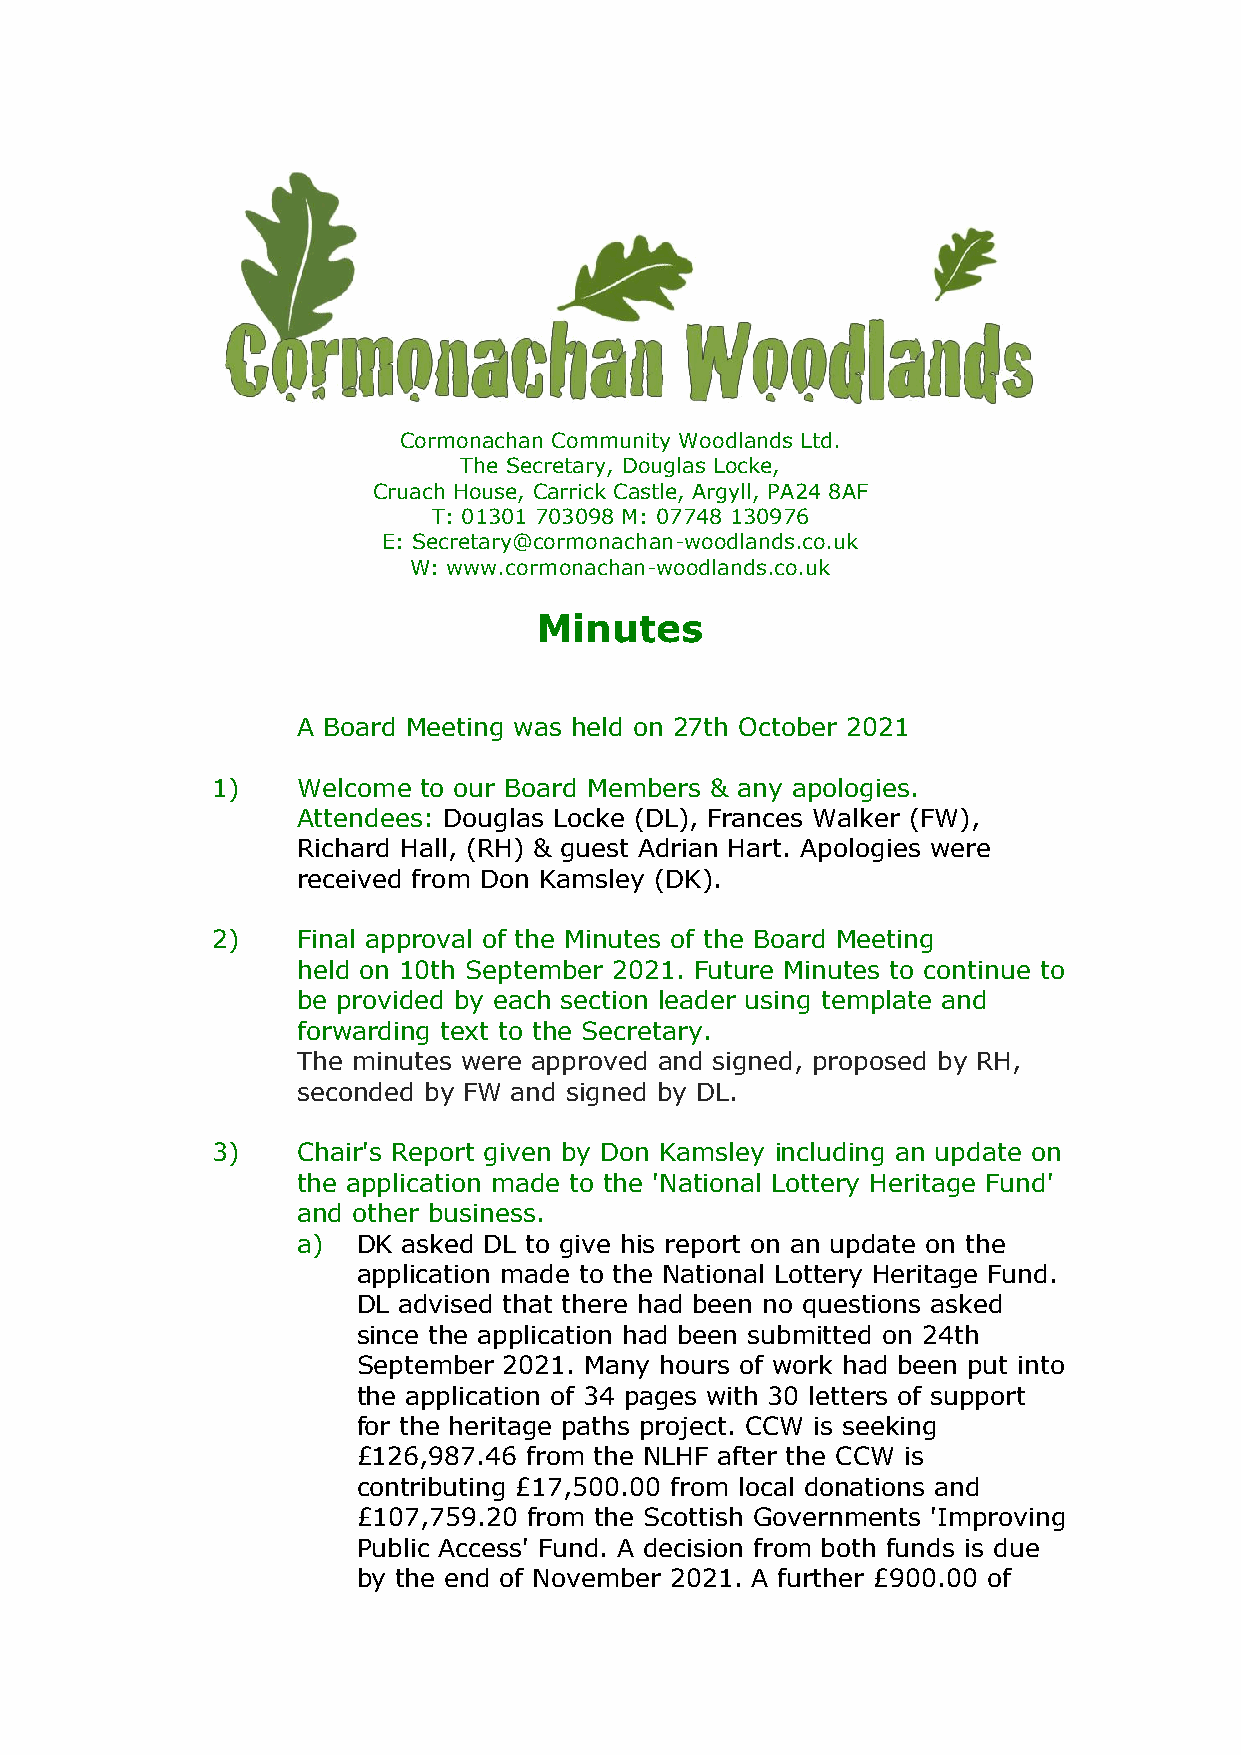
Cormonachan Community Woodlands Ltd.
 The Secretary, Douglas Locke,
 Cruach House, Carrick Castle, Argyll, PA24 8AF
 T: 01301 703098 M: 07748 130976
 E: Secretary@cormonachan-woodlands.co.uk
 W: www.cormonachan-woodlands.co.uk
 Minutes
 A Board Meeting was held on 27th October 2021
 1)    Welcome to our Board Members & any apologies.
 Attendees: Douglas Locke (DL), Frances Walker (FW),
 Richard Hall, (RH) & guest Adrian Hart. Apologies were
 received from Don Kamsley (DK).
 2)    Final approval of the Minutes of the Board Meeting
 held on 10th September 2021. Future Minutes to continue to
 be provided by each section leader using template and
 forwarding text to the Secretary.
 The minutes were approved and signed, proposed by RH,
 seconded by FW and signed by DL.
 3)    Chair's Report given by Don Kamsley including an update on
 the application made to the 'National Lottery Heritage Fund'
 and other business.
 a)  DK asked DL to give his report on an update on the
 application made to the National Lottery Heritage Fund.
 DL advised that there had been no questions asked
 since the application had been submitted on 24th
 September 2021. Many hours of work had been put into
 the application of 34 pages with 30 letters of support
 for the heritage paths project. CCW is seeking
 £126,987.46 from the NLHF after the CCW is
 contributing £17,500.00 from local donations and
 £107,759.20 from the Scottish Governments 'Improving
 Public Access' Fund. A decision from both funds is due
 by the end of November 2021. A further £900.00 of